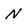
Character: N